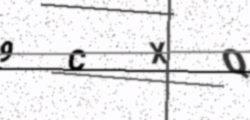
Text: 9CXQ